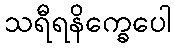
သရီရနိက္ခေပေါ